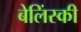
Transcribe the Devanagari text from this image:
बेलिंस्की